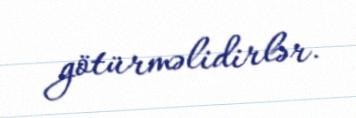
götürməlidirlər.